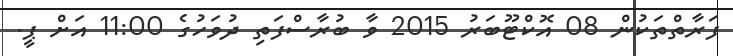
ފަރާތްތަކުން 08 އޮކްޓޫބަރު 2015 ވާ ބުރާސްފަތި ދުވަހުގެ 11:00 އަށް ޕީ.